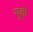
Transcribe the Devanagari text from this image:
सुबो